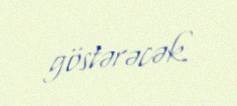
göstərəcək.